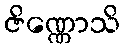
ဇိဏ္ဏောသိ